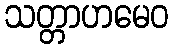
သတ္တာဟမေဝ